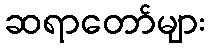
ဆရာတော်များ